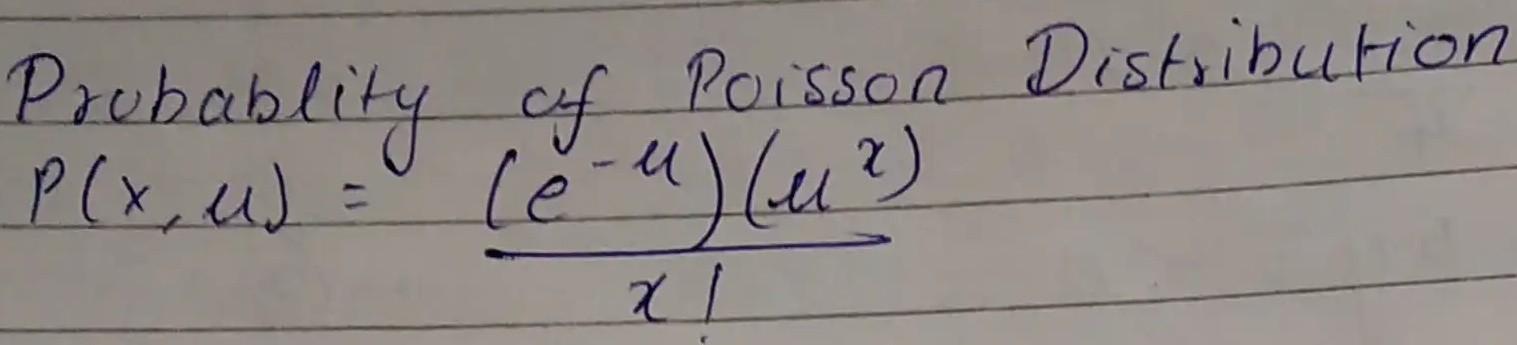
Probability of Poisson Distribution
$P(x,\mu)=\frac{(e^{-\mu})(\mu^{x})}{x!}$